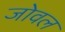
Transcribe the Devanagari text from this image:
जोवल